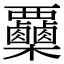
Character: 𣡷